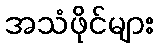
အသံဖိုင်များ